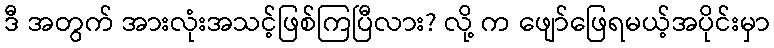
ဒီ အတွက် အားလုံးအသင့်ဖြစ်ကြပြီလား? လို့ က ဖျော်ဖြေရမယ့်အပိုင်းမှာ